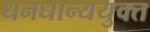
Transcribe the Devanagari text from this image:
धनधान्ययुक्त